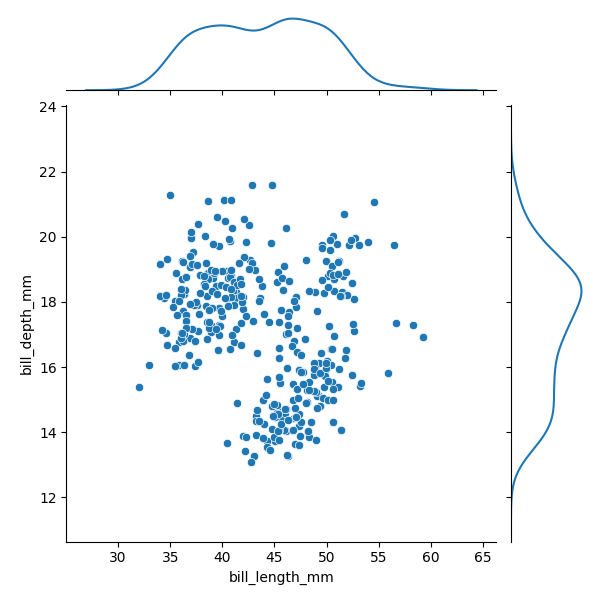
python, seaborn, JointGrid, scatterplot, kdeplot